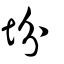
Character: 坋